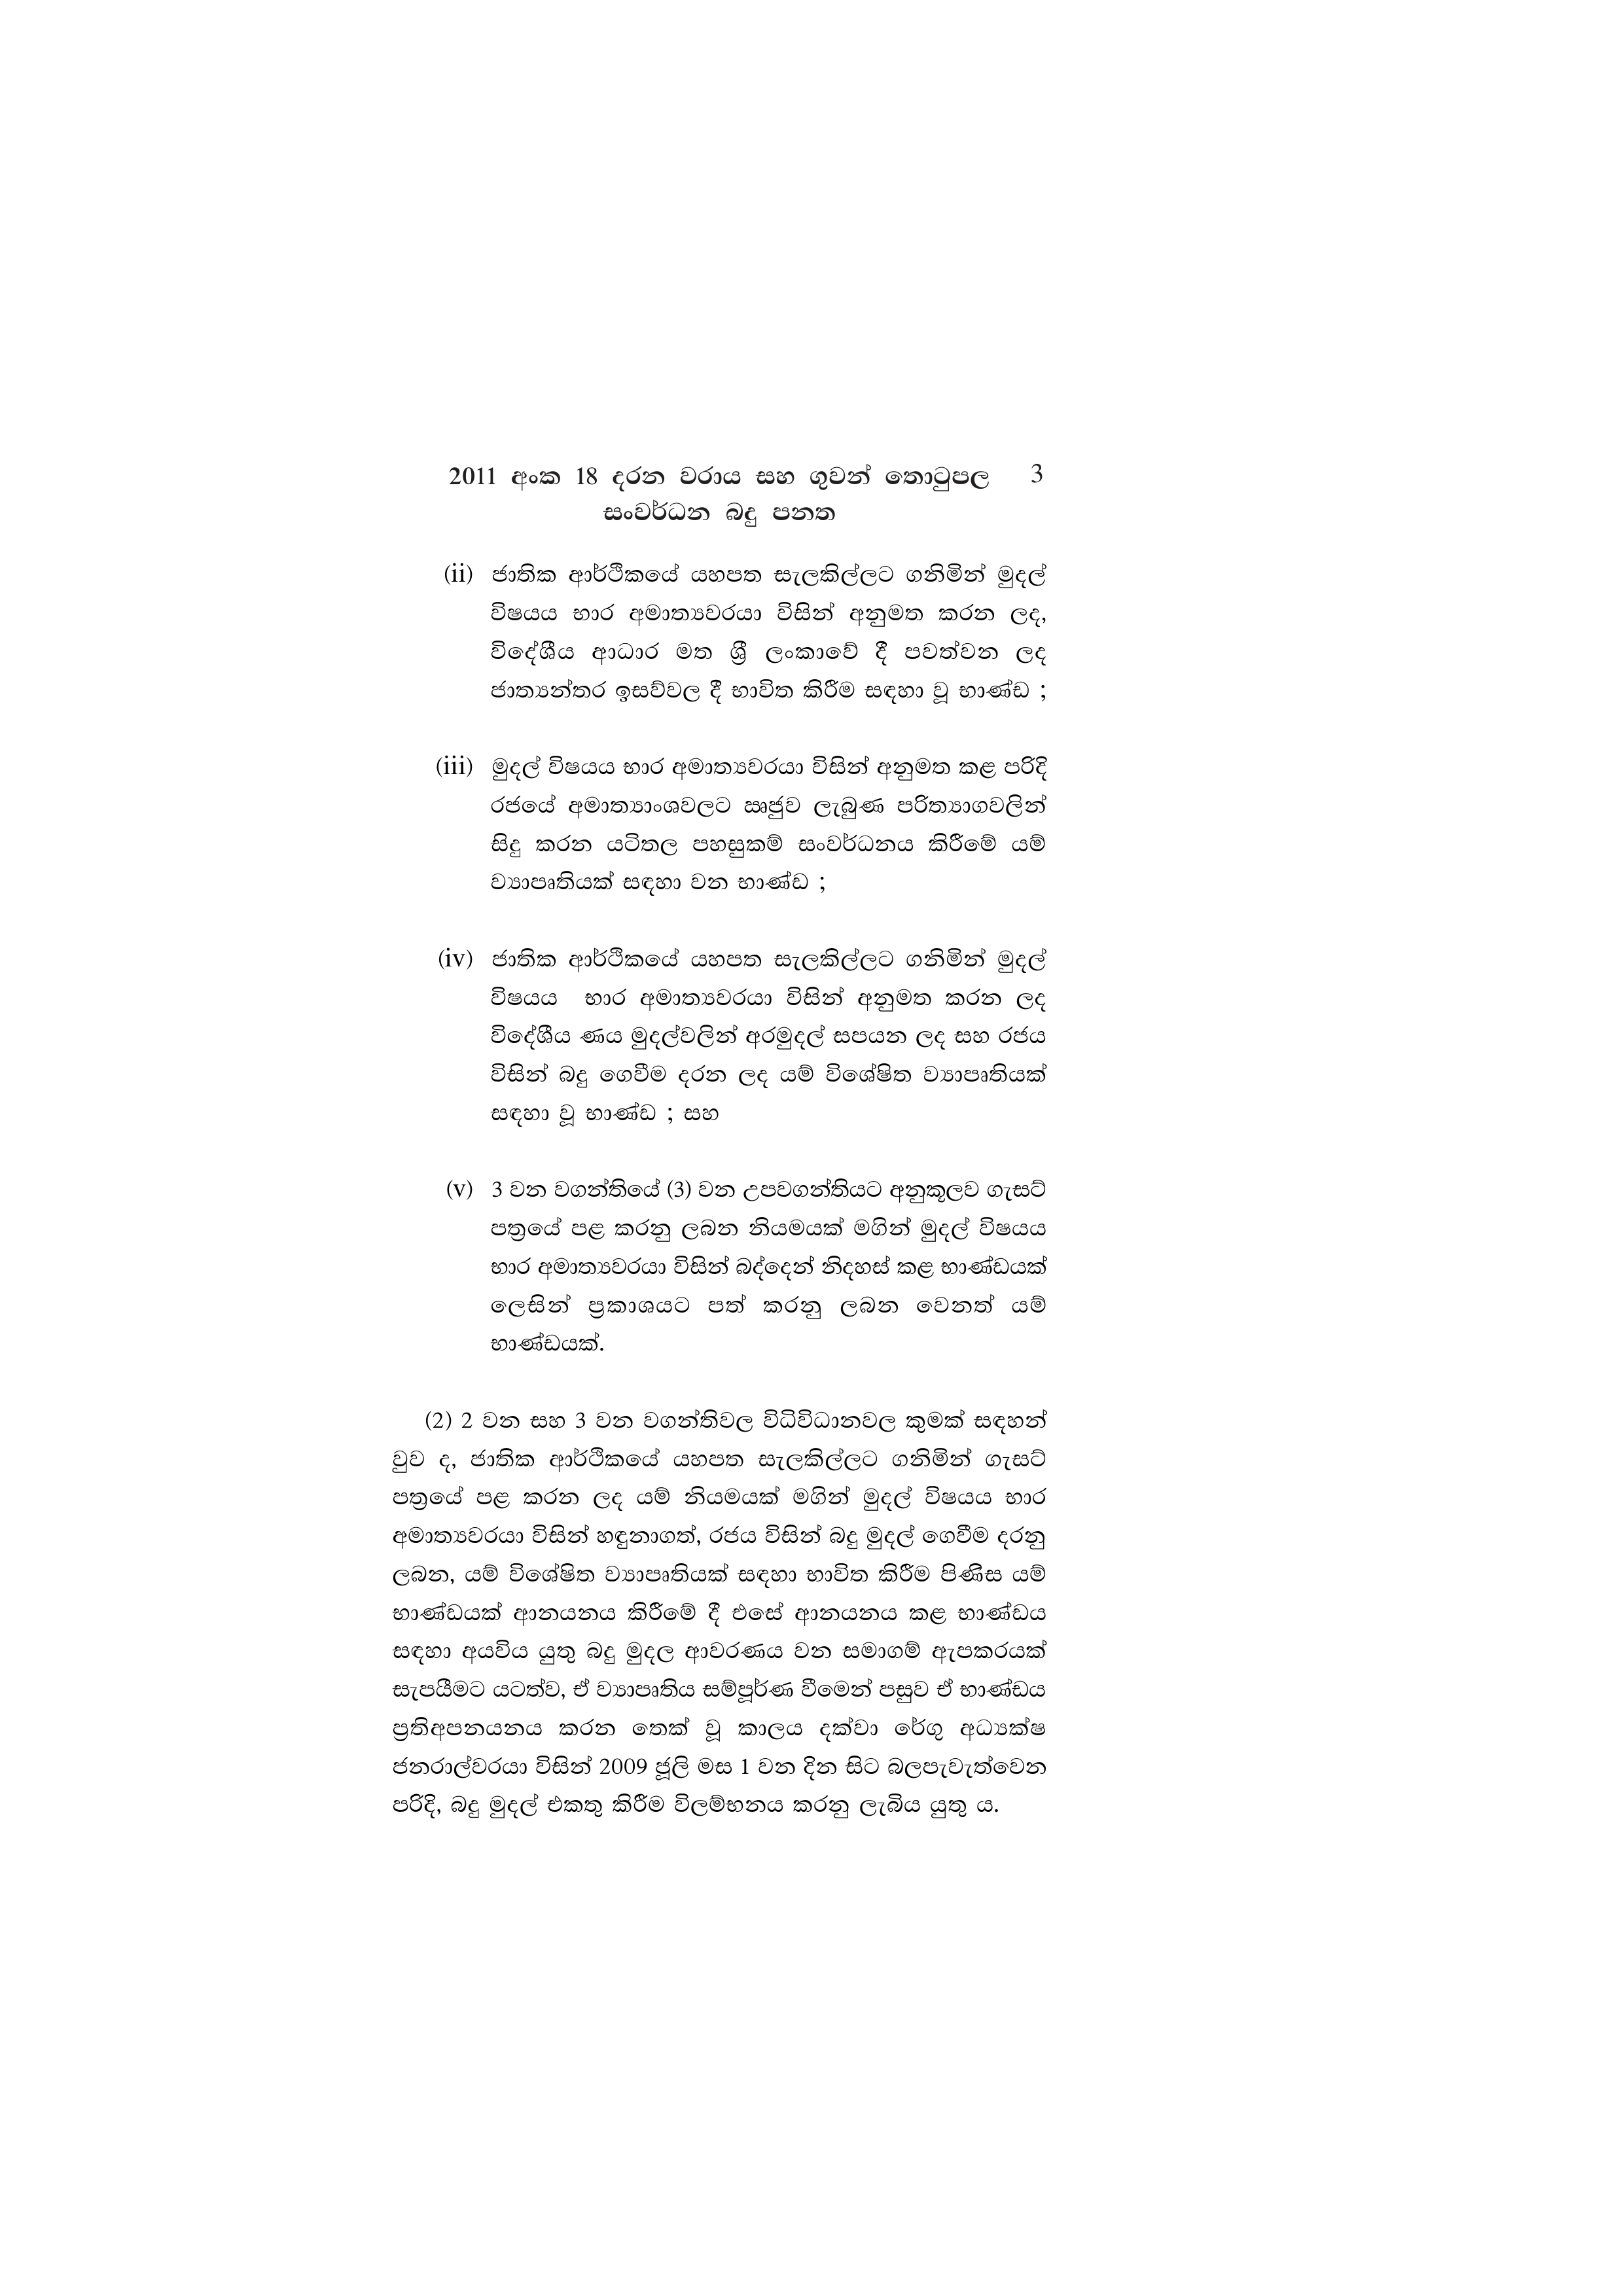
2011 අංක 18 දරන වරාය සහ ගුවන් තොටුපල 3
සංවර්ධන බදු පනත

(ii) ජාතික ආර්ථිකයේ යහපත සැලකිල්ලට ගනිමින් මුදල්
විෂයය භාර අමාත්‍යවරයා විසින් අනුමත කරන ලද,
විදේශීය ආධාර මත ශ්‍රී ලංකාවේ දී පවත්වන ලද
ජාත්‍යන්තර ඉසව්වල දී භාවිත කිරීම සඳහා වූ භාණ්ඩ ;

(iii) මුදල් විෂයය භාර අමාත්‍යවරයා විසින් අනුමත කළ පරිදි
රජයේ අමාත්‍යාංශවලට ඍජුව ලැබුණ පරිත්‍යාගවලින්
සිදු කරන යටිතල පහසුකම් සංවර්ධනය කිරීමේ යම්
ව්‍යාපෘතියක් සඳහා වන භාණ්ඩ ;

(iv) ජාතික ආර්ථිකයේ යහපත සැලකිල්ලට ගනිමින් මුදල්
විෂයය භාර අමාත්‍යවරයා විසින් අනුමත කරන ලද
විදේශීය ණය මුදල්වලින් අරමුදල් සපයන ලද සහ රජය
විසින් බදු ගෙවීම දරන ලද යම් විශේෂිත ව්‍යාපෘතියක්
සඳහා වූ භාණ්ඩ ; සහ

(v) 3 වන වගන්තියේ (3) වන උපවගන්තියට අනුකූලව ගැසට්
පත්‍රයේ පළ කරනු ලබන නියමයක් මගින් මුදල් විෂයය
භාර අමාත්‍යවරයා විසින් බද්දෙන් නිදහස් කළ භාණ්ඩයක්
ලෙසින් ප්‍රකාශයට පත් කරනු ලබන වෙනත් යම්
භාණ්ඩයක්.

(2) 2 වන සහ 3 වන වගන්තිවල විධිවිධානවල කුමක් සඳහන්
වුව ද, ජාතික ආර්ථිකයේ යහපත සැලකිල්ලට ගනිමින් ගැසට්
පත්‍රයේ පළ කරන ලද යම් නියමයක් මගින් මුදල් විෂයය භාර
අමාත්‍යවරයා විසින් හඳුනාගත්, රජය විසින් බදු මුදල් ගෙවීම දරනු
ලබන, යම් විශේෂිත ව්‍යාපෘතියක් සඳහා භාවිත කිරීම පිණිස යම්
භාණ්ඩයක් ආනයනය කිරීමේ දී එසේ ආනයනය කළ භාණ්ඩය
සඳහා අයවිය යුතු බදු මුදල ආවරණය වන සමාගම් ඇපකරයක්
සැපයීමට යටත්ව, ඒ ව්‍යාපෘතිය සම්පූර්ණ වීමෙන් පසුව ඒ භාණ්ඩය
ප්‍රතිඅපනයනය කරන තෙක් වූ කාලය දක්වා රේගු අධ්‍යක්ෂ
ජනරාල්වරයා විසින් 2009 ජූලි මස 1 වන දින සිට බලපැවැත්වෙන
පරිදි, බදු මුදල් එකතු කිරීම විලම්භනය කරනු ලැබිය යුතු ය.